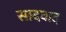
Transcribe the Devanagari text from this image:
सादवाद